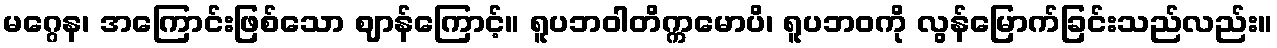
မဂ္ဂေန၊ အကြောင်းဖြစ်သော ဈာန်ကြောင့်။ ရူပဘဝါတိက္ကမောပိ၊ ရူပဘဝကို လွန်မြောက်ခြင်းသည်လည်း။